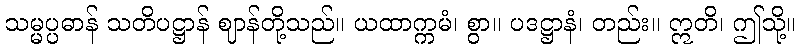
သမ္မပ္ပဓာန် သတိပဋ္ဌာန် ဈာန်တို့သည်။ ယထာက္ကမံ၊ စွာ။ ပဒဋ္ဌာနံ၊ တည်း။ ဣတိ၊ ဤသို့။